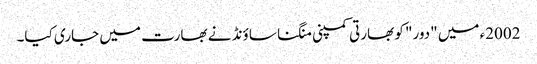
2002ء میں "دور" کو بھارتی کمپنی منگنا ساؤنڈ نے بھارت میں جاری کیا۔